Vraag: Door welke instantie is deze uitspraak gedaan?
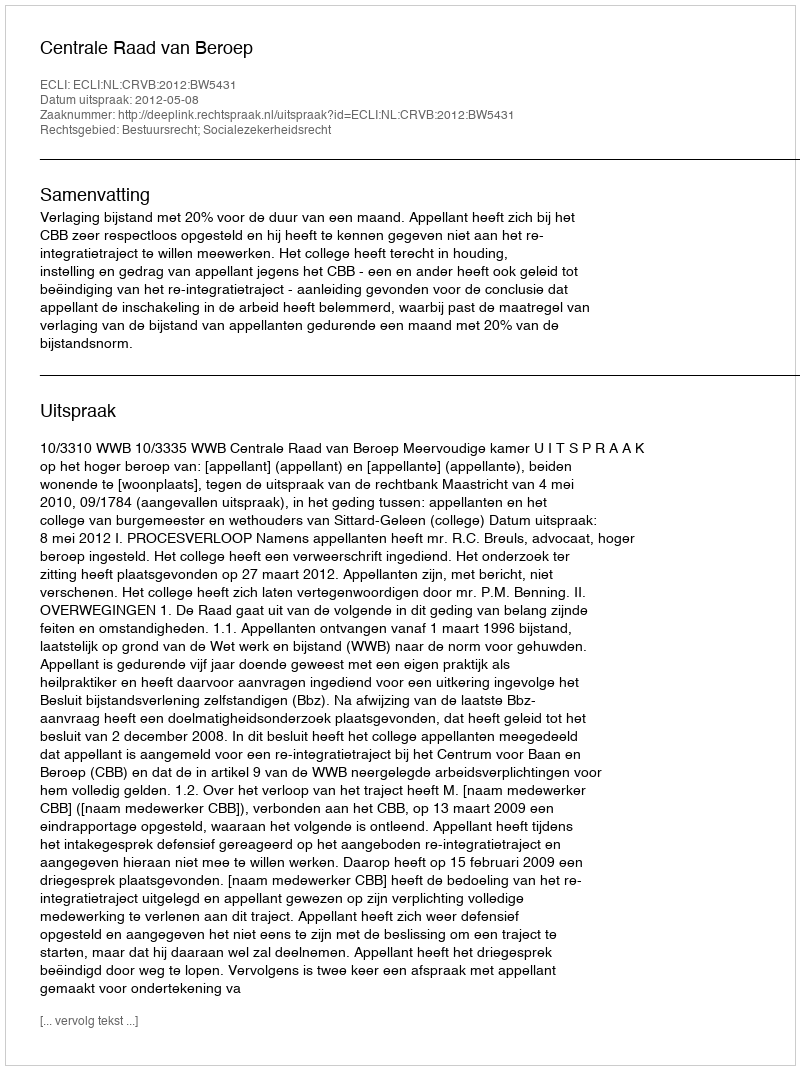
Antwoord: Centrale Raad van Beroep